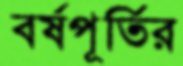
বর্ষপূর্তির